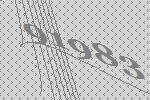
91983